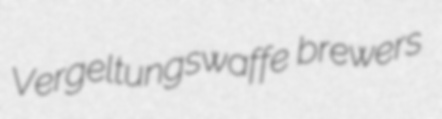
Vergeltungswaffe brewers